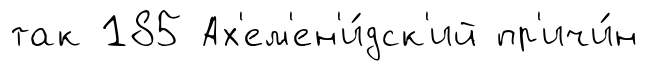
так 185 Ах'ем'ен'и́дск'ий пр'ичи́н